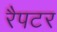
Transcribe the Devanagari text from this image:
रैपटर